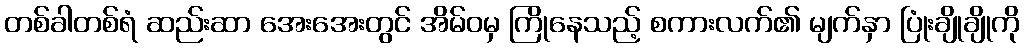
တစ်ခါတစ်ရံ ဆည်းဆာ အေးအေးတွင် အိမ်ဝမှ ကြိုနေသည့် စကားလက်၏ မျက်နှာ ပြုံးချိုချိုကို